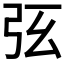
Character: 𢏁